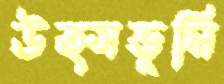
উত্সভূমি